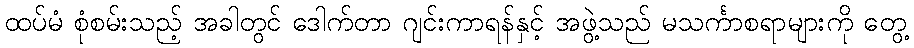
ထပ်မံ စုံစမ်းသည့် အခါတွင် ဒေါက်တာ ဂျင်းကာရန်နှင့် အဖွဲ့သည် မသင်္ကာစရာများကို တွေ့